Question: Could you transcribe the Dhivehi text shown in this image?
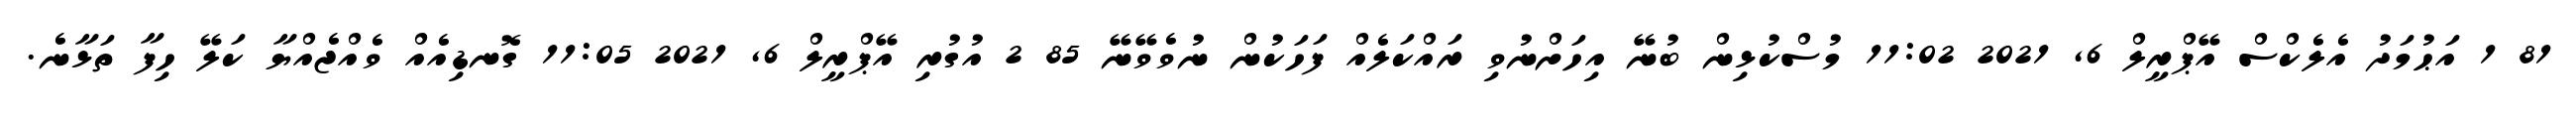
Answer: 81 1 އަޙުމަދު އެލެކްސް އޭޕްރީލް 6, 2021 11:02 މުސްކުޅިން ބުނޭ އިހަށްނުވި ރައްކަލެއް ފަހަކުން ނުވެވޭނޭ 85 2 އުގުރި އޭޕްރީލް 6, 2021 11:05 ގޮނޑިއެއް ވެއްޖެއްޔާ ކަލޭ ހިފާ ތަޅާނެ.